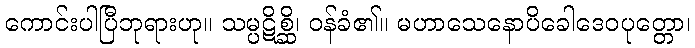
ကောင်းပါပြီဘုရားဟု။ သမ္ပဋိစ္ဆိ၊ ဝန်ခံ၏။ မဟာသေနောပိခေါဒေဝပုတ္တော၊